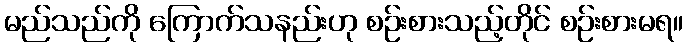
မည်သည်ကို ကြောက်သနည်းဟု စဉ်းစားသည့်တိုင် စဉ်းစားမရ။